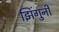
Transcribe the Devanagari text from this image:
झिंगुनी